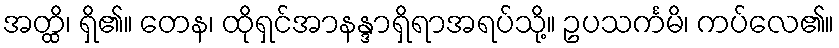
အတ္ထိ၊ ရှိ၏။ တေန၊ ထိုရှင်အာနန္ဒာရှိရာအရပ်သို့။ ဥပသင်္ကမိ၊ ကပ်လေ၏။